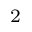
^ 2